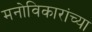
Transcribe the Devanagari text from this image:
मनोविकारांच्या